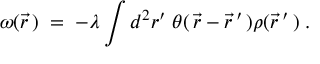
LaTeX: \omega ( \vec { r } \, ) \; = \; - \lambda \int d ^ { 2 } r ^ { \prime } \; \theta ( \, \vec { r } - \vec { r } \, ^ { \prime } \, ) \rho ( \vec { r } \, ^ { \prime } \, ) \; .